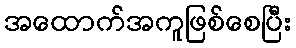
အထောက်အကူဖြစ်စေပြီး